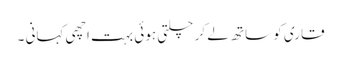
قاری کو ساتھ لے کر چلتی ہوئی بہت اچھی کہانی ۔